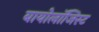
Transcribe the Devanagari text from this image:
बायोलॉजिस्ट